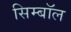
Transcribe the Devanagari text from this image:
सिम्बॉल